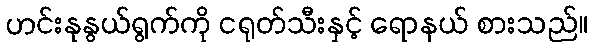
ဟင်းနုနွယ်ရွက်ကို ငရုတ်သီးနှင့် ရောနယ် စားသည်။